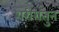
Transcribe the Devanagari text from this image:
शरीरातुन